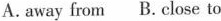
A.away from B. close to